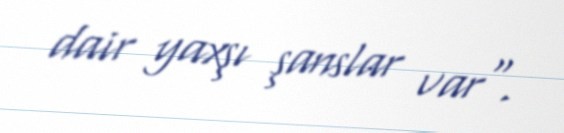
dair yaxşı şanslar var".